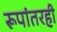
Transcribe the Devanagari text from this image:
रूपांतरही